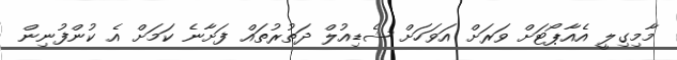
މާމިގިލީ އެއާޕޯޓަށް ވަރަށް އަވަހަށް ޝެޑިއުލް ދަތުރުތައް ފަށާނެ ކަމަށް އެ ކުންފުނިން